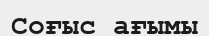
Соғыс ағымы